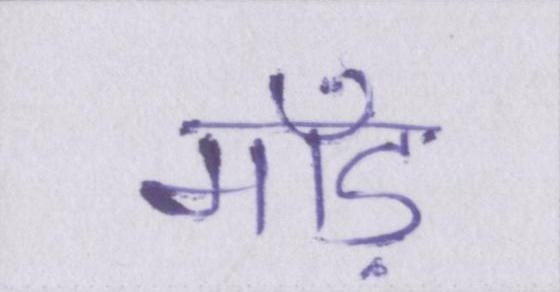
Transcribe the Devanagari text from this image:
माँड़